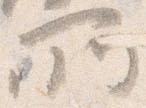
所